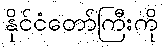
နိုင်ငံတော်ကြီးကို